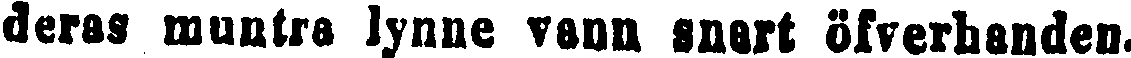
deras muntra lynne vann snart öfverhanden.